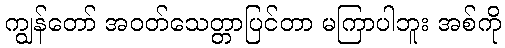
ကျွန်တော် အဝတ်သေတ္တာပြင်တာ မကြာပါဘူး အစ်ကို